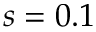
s = 0 . 1